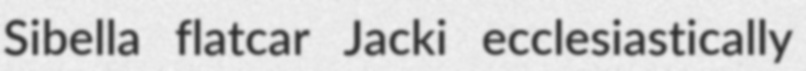
Sibella flatcar Jacki ecclesiastically